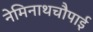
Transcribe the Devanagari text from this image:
नेमिनाथचौपाई